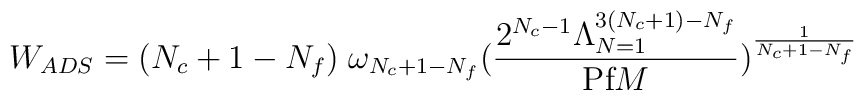
W_{ADS} = (N_{c} + 1 - N_{f}) \; \omega_{N_{c} + 1 - N_{f}}(\frac{2^{N_{c} - 1}\Lambda_{N=1}^{3(N_{c}+1)-N_{f}}}{\mbox{Pf}M})^{\frac{1}{N_{c}+1-N_{f}}}